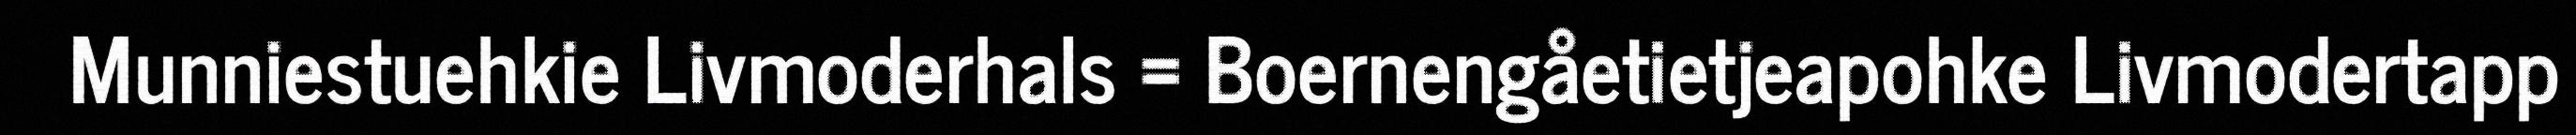
Munniestuehkie Livmoderhals = Boernengåetietjeapohke Livmodertapp